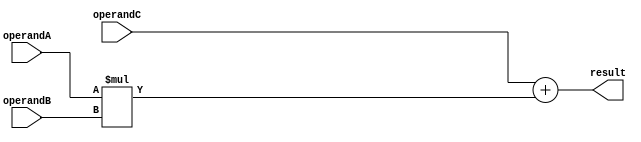
module FusedMultiplyAdd(
    input [31:0] operandA,
    input [31:0] operandB,
    input [31:0] operandC,
    output reg [31:0] result
);

reg [31:0] multiplier_output;
reg [31:0] adder_output;

wire [31:0] product;
wire [31:0] sum;

assign product = operandA * operandB;
assign sum = operandC + product;

always @* begin
    multiplier_output = product;
    adder_output = sum;
    result = adder_output;
end

endmodule